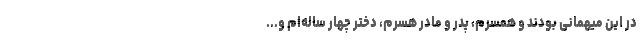
در این میهمانی بودند و همسرم، پدر و مادر هسرم، دختر چهار ساله‌ام و...